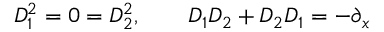
D _ { 1 } ^ { 2 } = 0 = D _ { 2 } ^ { 2 } , \qquad D _ { 1 } D _ { 2 } + D _ { 2 } D _ { 1 } = - \partial _ { x }